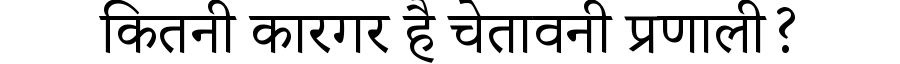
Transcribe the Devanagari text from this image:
कितनी कारगर है चेतावनी प्रणाली?